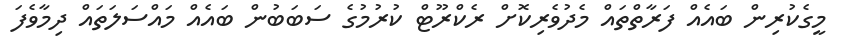
މީގެކުރިން ބައެއް ފަރާތްތައް މެދުވެރިކޮށް ރެކްރޫޓް ކުރުމުގެ ސަބަބުން ބައެއް މައްސަލަތައް ދިމާވެފަ